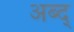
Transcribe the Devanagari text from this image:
अब्द्